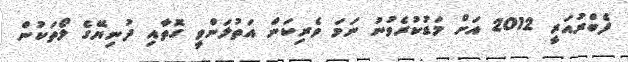
ފެބްރުއަރީ 2012 އަށް މަޑުކުރެވުނު ނަމަ ވެރިކަން އަތުލަންވީ ގޮތާއި ދުނިޔޭގެ ލޯތަކުން